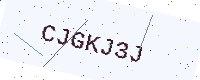
Text: CJGKJ3J